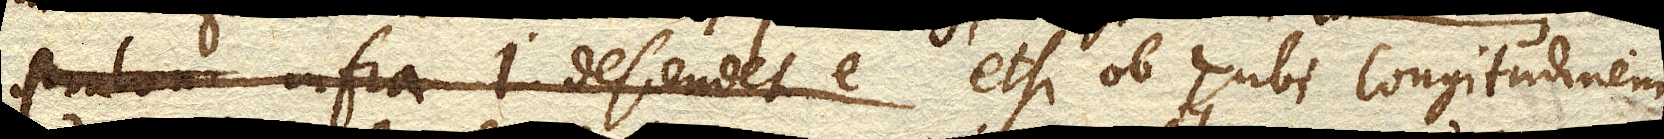
paulum infra I. descendet e etsi ob Tubi longitudinem